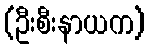
(ဦးစီးနာယက)